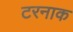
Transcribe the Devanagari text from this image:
टरनाक